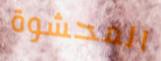
المحشوة